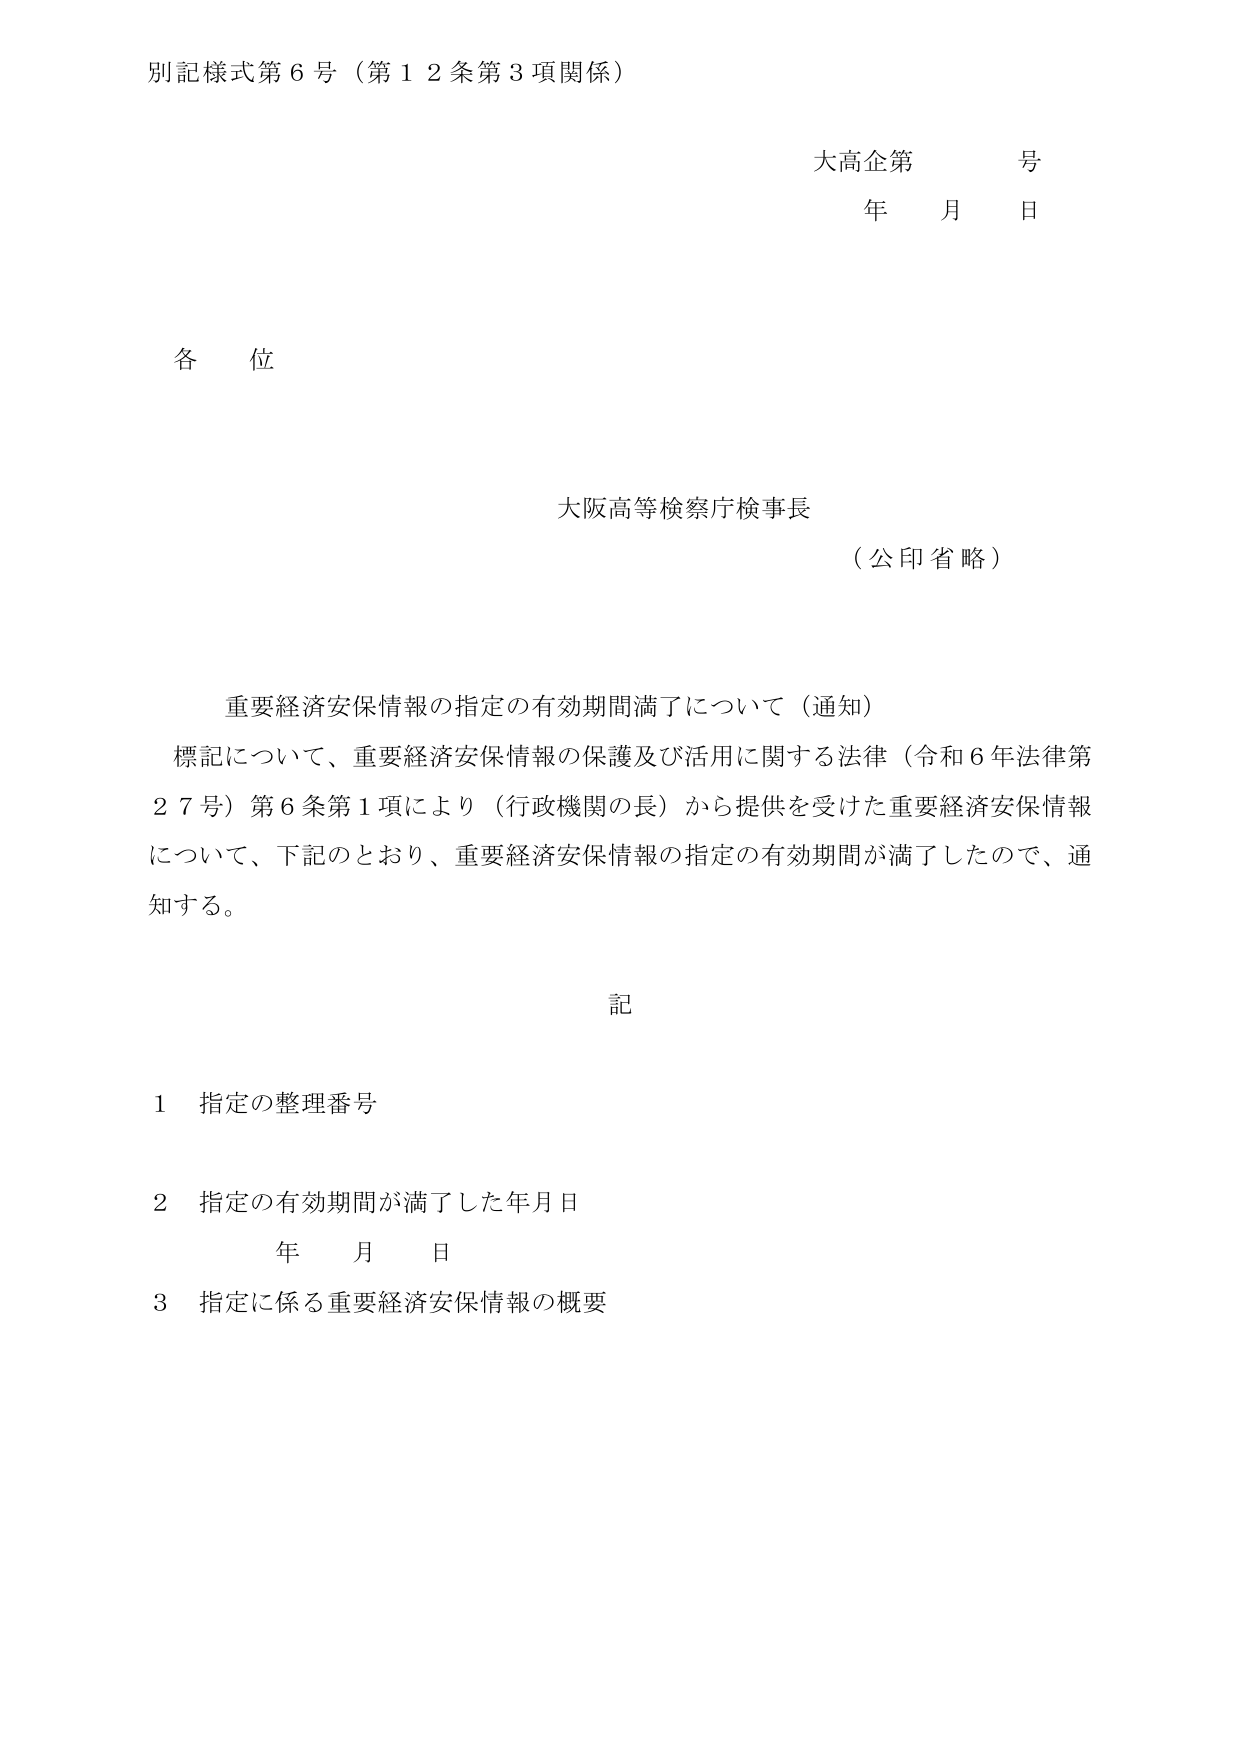
別記様式第６号（第１２条第３項関係）

大高企第　　号
年　　月　　日

各位

大阪高等検察庁検事長
（公印省略）

重要経済安保情報の指定の有効期間満了について（通知）
標記について、重要経済安保情報の保護及び活用に関する法律（令和６年法律第２７号）第６条第１項により（行政機関の長）から提供を受けた重要経済安保情報について、下記のとおり、重要経済安保情報の指定の有効期間が満了したので、通知する。

記

１　指定の整理番号
２　指定の有効期間が満了した年月日
　　　年　　月　　日
３　指定に係る重要経済安保情報の概要